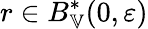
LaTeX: r\in B_{\mathbb{V}}^{*}(0,\varepsilon)